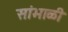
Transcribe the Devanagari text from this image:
सांभाळी